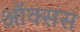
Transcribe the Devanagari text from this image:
ऑक्सस